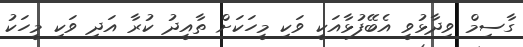
ގާސިމް ވިދާޅުވީ އެބޭފުޅާއަކީ ވަކި މީހަކަށް ތާއީދު ކުރާ އަދި ވަކި މީހަކު